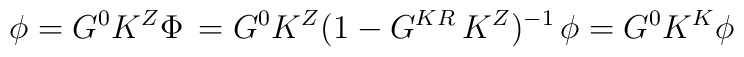
\phi=G^0K^Z\Phi\,=G^0K^Z(1-G^{KR}\,K^Z)^{-1}\,\phi=G^0K^K\phi